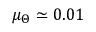
\mu _ { \Theta } \simeq 0 . 0 1